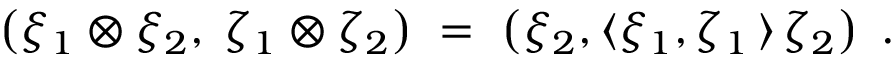
\left( \xi _ { 1 } \otimes \xi _ { 2 } , \; \zeta _ { 1 } \otimes \zeta _ { 2 } \right) \ = \ \left( \xi _ { 2 } , \langle \xi _ { 1 } , \zeta _ { 1 } \, \rangle \, \zeta _ { 2 } \right) \ .